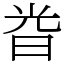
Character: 𣆤